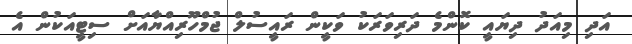
އަދި މިއަދު ދިޔައީ ކޮންމެ ދަރިވަރަކު ވަކީން ރައީސުލް ޖުމްހޫރިއްޔާއަށް ސިޓީއަކުން އެ